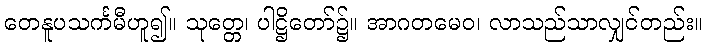
တေနူပသင်္ကမီဟူ၍။ သုတ္တေ၊ ပါဋ္ဌိတော်၌။ အာဂတမေဝ၊ လာသည်သာလျှင်တည်း။